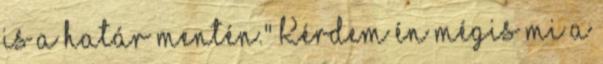
is a határ mentén." Kérdem én mégis mi a